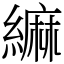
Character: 䌕